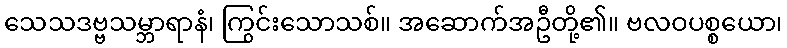
သေသဒဗ္ဗသမ္ဘာရာနံ၊ ကြွင်းသောသစ်။ အဆောက်အဦတို့၏။ ဗလဝပစ္စယော၊